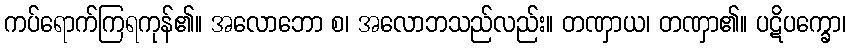
ကပ်ရောက်ကြရကုန်၏။ အလောဘော စ၊ အလောဘသည်လည်း။ တဏှာယ၊ တဏှာ၏။ ပဋိပက္ခော၊